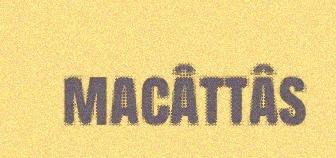
macâttâs